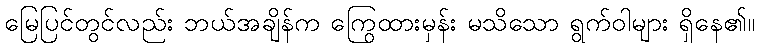
မြေပြင်တွင်လည်း ဘယ်အချိန်က ကြွေထားမှန်း မသိသော ရွက်ဝါများ ရှိနေ၏။